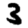
Digit: 3